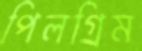
পিলগ্রিম